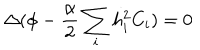
LaTeX: \Delta ( \phi - \frac { \alpha } { 2 } \sum _ { i } h _ { i } ^ { 2 } C _ { i } ) = 0